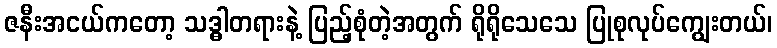
ဇနီးအငယ်ကတော့ သဒ္ဓါတရားနဲ့ ပြည့်စုံတဲ့အတွက် ရိုရိုသေသေ ပြုစုလုပ်ကျွေးတယ်၊